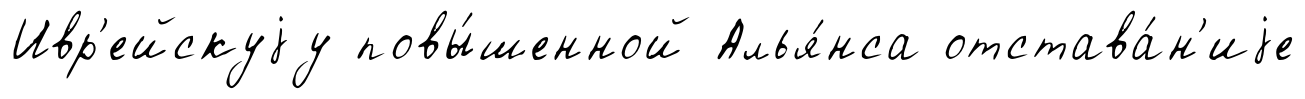
Ивр'ейскуjу повы́шенной Алья́нса отстава́н'иjе